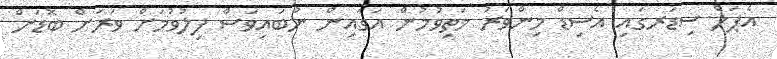
އެޕަލް ސިޑަރގައި އެސިޑް މިންވަރު މަތިވުމުން އަގައިން ނުބައިވަސް ފިލުވުމަށް ވަރަށް ބޮޑަށް